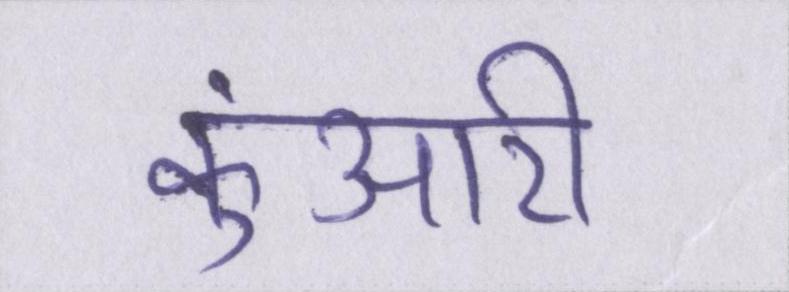
कुंआरी